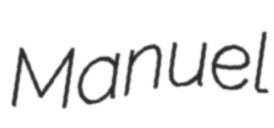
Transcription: Manuel